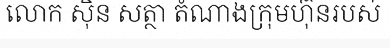
លោក ស៊ិន សត្ថា តំណាងក្រុមហ៊ុនរបស់